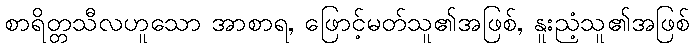
စာရိတ္တသီလဟူသော အာစာရ, ဖြောင့်မတ်သူ၏အဖြစ်, နူးညံ့သူ၏အဖြစ်